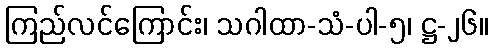
ကြည်လင်ကြောင်း၊ သဂါထာ-သံ-ပါ-၅၊ ဋ္ဌ-၂၆။